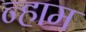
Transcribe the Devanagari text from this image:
न्हाम